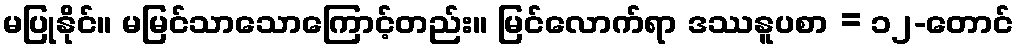
မပြုနိုင်။ မမြင်သာသောကြောင့်တည်း။ မြင်လောက်ရာ ဒဿနူပစာ = ၁၂-တောင်